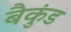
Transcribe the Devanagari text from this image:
बैकुंड